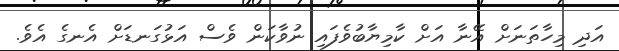
އަދި މިހާތަނަށް އޭނާ އަށް ކާމިޔާބުވެފައި ނުވާކަން ވެސް އަޅުގަނޑަށް އެނގެ އެވެ.